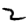
Digit: 2